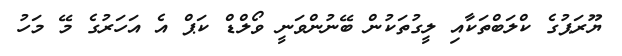
ޔޫރަޕުގެ ކްލަބްތަކާއި ލީގުތަކުން ބޭނުންވަނީ ވޯލްޑް ކަޕް އެ އަހަރުގެ މޭ މަހު